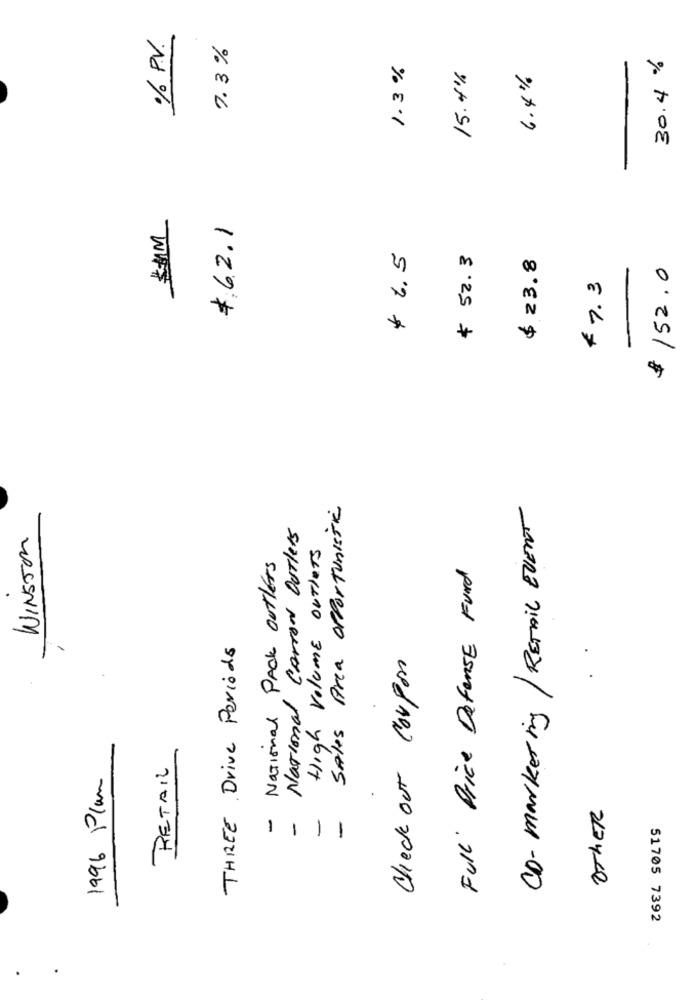
% P.V.
7.3 %
30.4%
1.3 %
15.4%
6.4%
KIM
$62.1
$ 6.5
$ 52.3
$ 23.8
$ 152.0
$7.3
-
Sales Area Opportunistic
CD-marketing/ RETAIL EVENT
National Carrow Outlets
WINSTON
High Volume outlets
National PACK outlets
Full Price Defense Fund
.
THREE Drive Periods
Check out Coupon
RETAIL
1996 Plan
OTHER
-
-
-
-
51705 7392
.